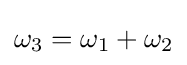
\omega _{3}=\omega _{1}+\omega _{2}